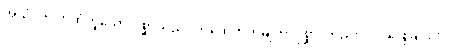
အယံ၊ ဤကထံဟူသော ပုစ္ဆာသည်။ ကထေတုကမျတာပုစ္ဆာ၊ တည်း။ ဝါ၊ ဖြေခြင်းငှာ